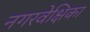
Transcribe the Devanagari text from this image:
नगरवेक्षिका